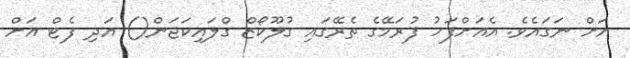
އަށް ނަގައެވެ. އެއަށްފަހު ފުރަމޭގެ ތެރޭގައި ގުލޫކޯޒް ގްލައިކަޖަން() އަދި ފެޓް އަށް